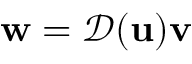
{ \mathbf w } = { \mathcal { D } } ( { \mathbf u } ) { \mathbf v }